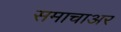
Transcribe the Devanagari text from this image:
समाचाअर